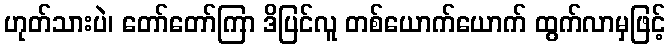
ဟုတ်သားပဲ၊ တော်တော်ကြာ ဒိပြင်လူ တစ်ယောက်ယောက် ထွက်လာမှဖြင့်